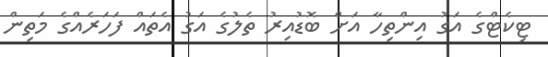
ޓިކެޓްގެ އަގު އިންތިހާ އަށް ބޮޑުއިރު ތެލުގެ އަގު އެތައް ފަހަރެއްގެ މަތިން